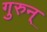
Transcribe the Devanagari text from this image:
गुरुन्